Lui_Olesk, lk 5
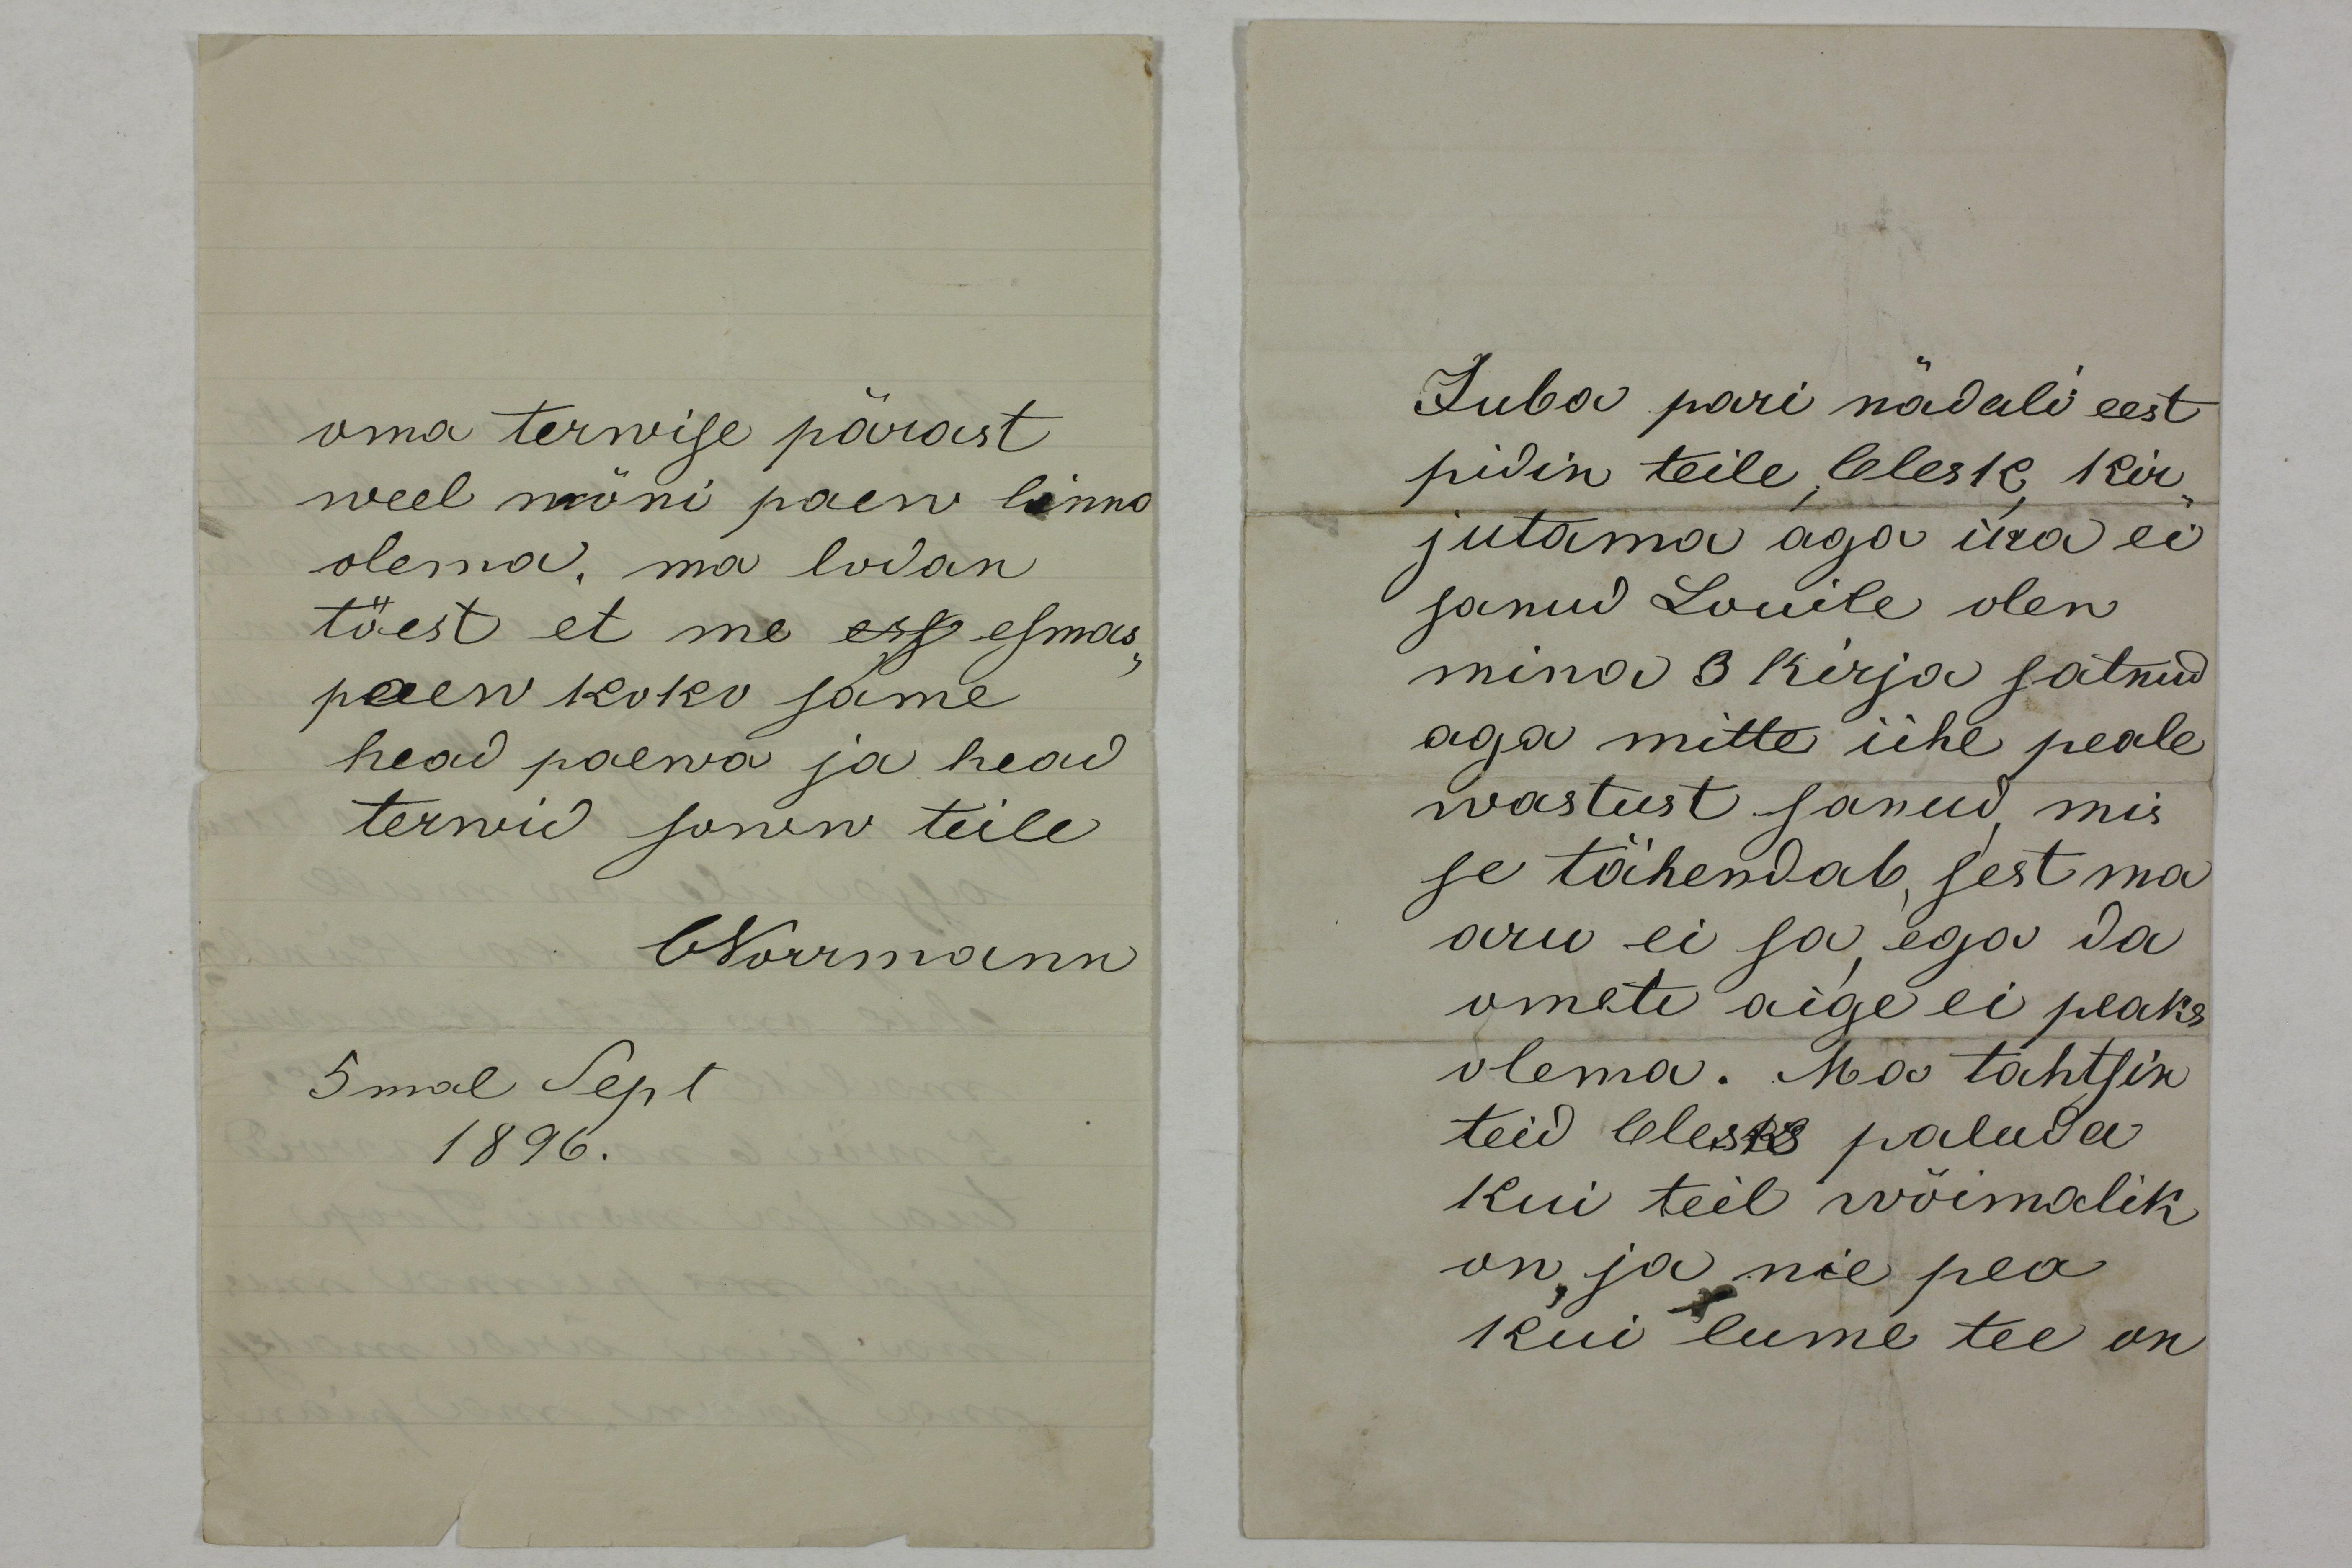
oma tervise pärast
weel möni paew linno
olema, ma lodan
töest et me ess esmas-
paew koko same
head paewa ja head
terwid sowin teile
ONorrmann
5mal Sept
1896.

Juba pari nädali eest
pidin teile, Olesk, kir-
jutama aga ika ei 
sanud Louile olen
mina 3 kirja satnud
aga mitte ühe peale
wastust sanud, mis
se tähendab, sest ma 
aru ei sa, ega da
ometi aige ei peaks 
olema. Ma tahtsin 
teid Olesk paluda
kui teil wõimalik 
on ja nie pea
kui lume tee on